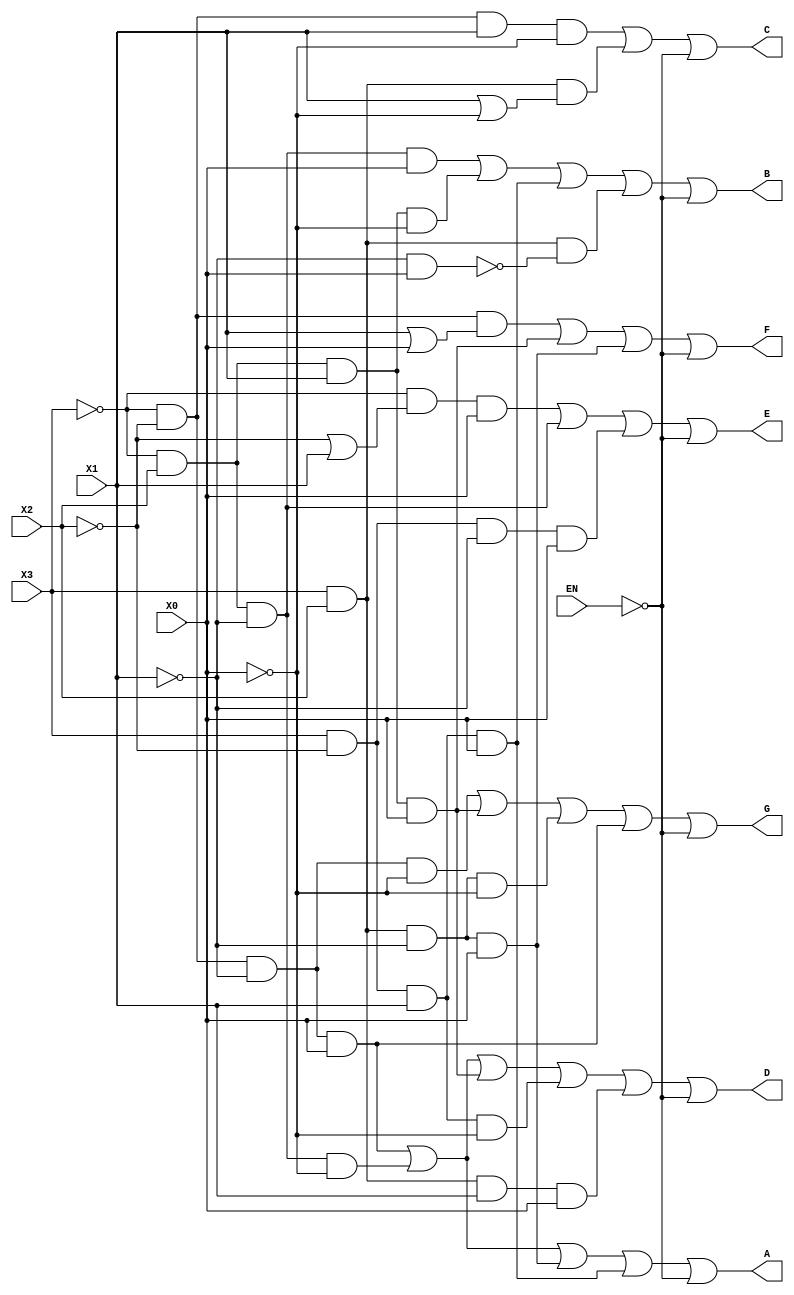
module seven_seg_decoder_enable(X3, X2, X1, X0, A, B, C, D, E, F, G, EN);
    input X3, X2, X1, X0, EN;
    output A, B, C, D, E, F, G;

    assign A = ((~X3 & ~X2 & ~X1 & X0) | (~X3 & X2 & ~X1 & ~X0) | (X3 & X2 & ~X1 & X0) | (X3 & ~X2 & X1 & X0)) | ~EN;
    assign B = ((~X3 & X2 & ~X1 & X0) | (~X3 & X2 & X1 & ~X0) | (X3 & ~X2 & X1 & X0) | (X3 & X2 & ~(~X1 & X0))) | ~EN;
    assign C = ((~X3 & ~X2 & X1 & ~X0) | (X3 & X2 & (X1 | ~X0))) | ~EN;
    assign D = ((~X3 & ~X2 & ~X1 & X0) | (~X3 & X2 & ~X1 & ~X0) | (~X3 & X2 & X1 & X0) | (X3 & ~X2 & X1 & ~X0) | (X3 & X2 & X1 & X0)) | ~EN;
    assign E = ((~X3 & (~X2 | X1) & X0) | (~X3 & X2 & ~X1) | (X3 & ~X2 & ~X1 & X0)) | ~EN;
    assign F = ((~X3 & ~X2 & (X1 | X0)) | (~X3 & X2 & X1 & X0) | (X3 & X2 & ~X1 & X0)) | ~EN;
    assign G = ((~X3 & ~X2 & ~X1 & ~X0) | (~X3 & X2 & X1 & X0) | (X3 & X2 & ~X1 & ~X0) | (~X3 & ~X2 & ~X1 & X0)) | ~EN;

endmodule